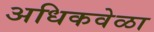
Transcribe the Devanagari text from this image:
अधिकवेळा